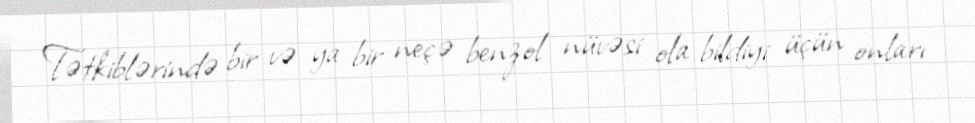
Tətkiblərində bir və ya bir neçə benzol nüvəsi ola bildiyi üçün onları